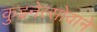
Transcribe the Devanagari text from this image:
कुझ्नेत्सोवाने